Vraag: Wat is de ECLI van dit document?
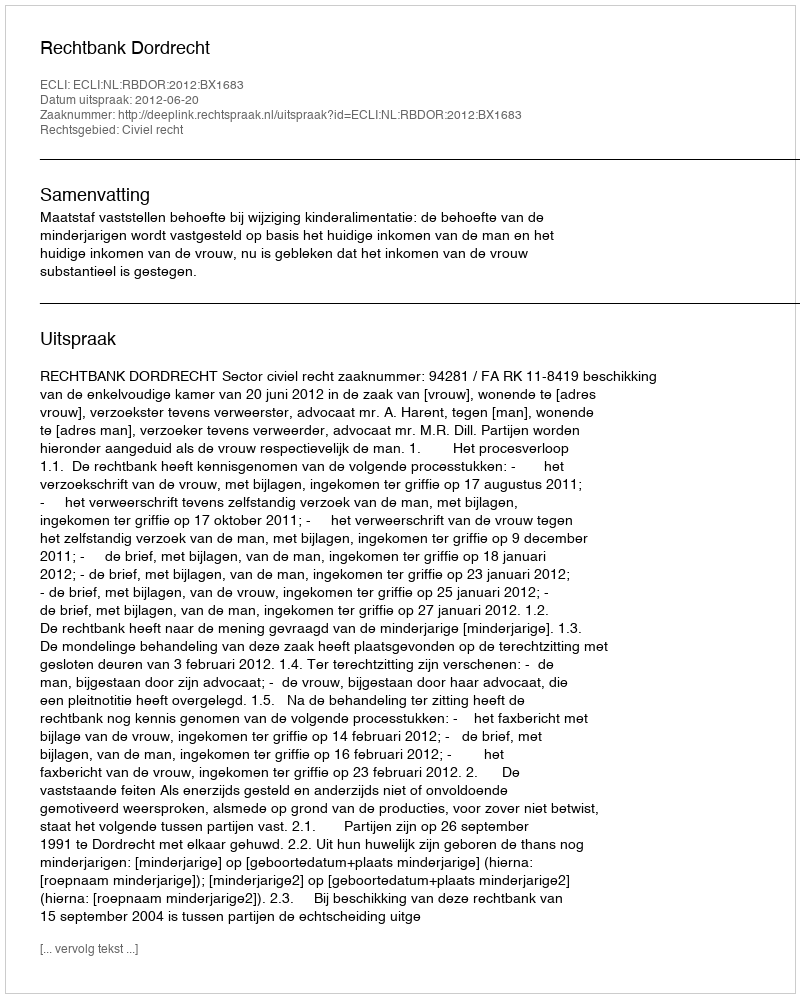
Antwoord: ECLI:NL:RBDOR:2012:BX1683